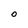
Character: o